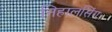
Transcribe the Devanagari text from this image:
निहालसिंग